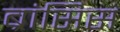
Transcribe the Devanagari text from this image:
ब्रांसिस